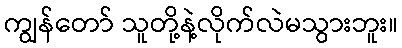
ကျွန်တော် သူတို့နဲ့လိုက်လဲမသွားဘူး။